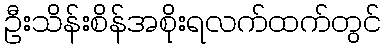
ဦးသိန်းစိန်အစိုးရလက်ထက်တွင်